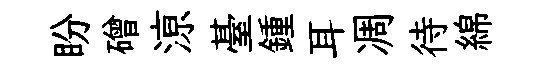
盼磳鿌䑓鍾耳凋待綿